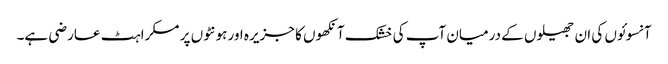
آنسوئوں کی ان جھیلوں کے درمیان آپ کی خشک آنکھوں کا جزیرہ اور ہونٹوں پر مسکراہٹ عارضی ہے۔